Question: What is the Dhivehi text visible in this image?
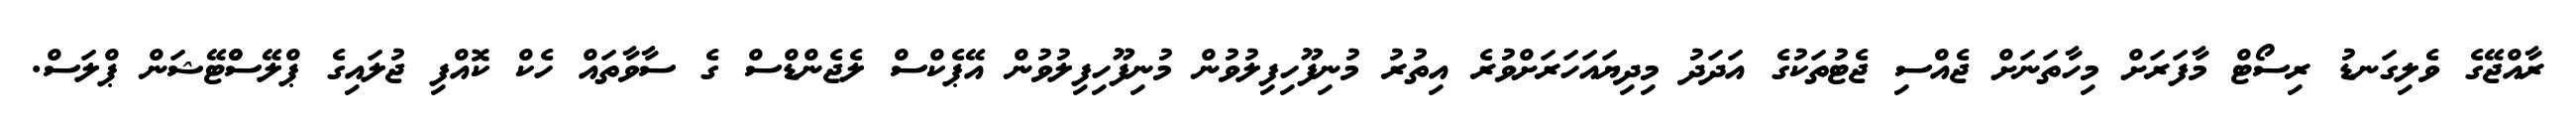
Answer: ރާއްޖޭގެ ވެލިގަނޑު ރިސޯޓް މާފަރަށް މިހާތަނަށް ޖެއްސި ޖެޓުތަކުގެ އަދަދު މިދިޔައަހަރަށްވުރެ އިތުރު މުނިފޫހިފިލުވުން މުނިފޫހިފިލުވުން އޭޕެކްސް ލެޖެންޑްސް ގެ ސާވާތައް ހެކް ކޮއްފި ޖުލައިގެ ޕްލޭސްްޓޭޝަން ޕްލަސް.